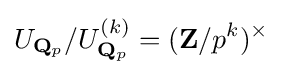
U_{\mathbf {Q} _{p}}/U_{\mathbf {Q} _{p}}^{(k)}=(\mathbf {Z} /p^{k})^{\times }